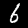
Digit: 6